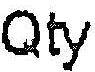
QTY